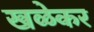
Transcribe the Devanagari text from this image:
खळेकर